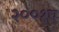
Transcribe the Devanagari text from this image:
२००१ए